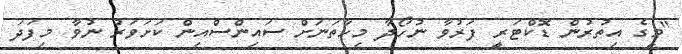
"މީގެ އިތުރުން ޑޮކްޓަރީ ފަރުވާ ނުހޯދާ މިހާތަނަށް ސައިންސްއިން ކަށަވަރު ނުވާ މިފަދަ